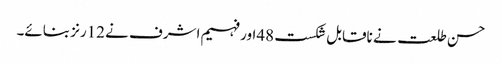
حسن طلعت نے ناقابل شکست 48اور فہیم اشرف نے 12رنز بنائے۔